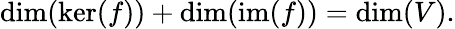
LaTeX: \dim(\ker(f))+\dim(\operatorname{im}(f))=\dim(V).